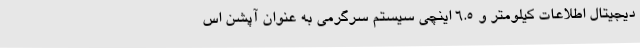
دیجیتال اطلاعات کیلومتر و 6.5 اینچی سیستم سرگرمی به عنوان آپشن اس